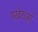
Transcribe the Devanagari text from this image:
पखेरुओं